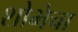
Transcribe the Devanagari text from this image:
शोभेचा